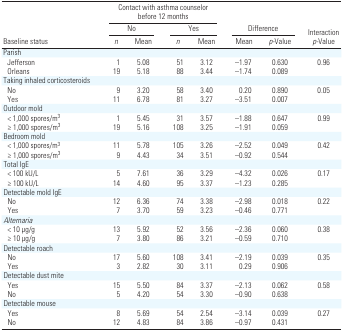
<table><thead><tr><td rowspan="3"><b>Baseline status</b></td><td colspan="7"><b>Contact with asthma counselor before 12 months</b></td></tr><tr><td colspan="3"><b>No</b></td><td colspan="3"><b>Yes</b></td><td colspan="3"><b>Difference</b></td><td rowspan="2"><b>Interaction <i>p</i>-Value</b></td></tr><tr><td><b><i>n</i></b></td><td><b>Mean</b></td><td><b><i>n</i></b></td><td><b>Mean</b></td><td><b>Mean</b></td><td><b><i>p</i>-Value</b></td></tr></thead><tbody><tr><td>Parish</td></tr><tr><td>Jefferson</td><td>1</td><td>5.08</td><td>51</td><td>3.12</td><td>–1.97</td><td>0.630</td><td>0.96</td></tr><tr><td>Orleans</td><td>19</td><td>5.18</td><td>88</td><td>3.44</td><td>–1.74</td><td>0.089</td></tr><tr><td>Taking inhaled corticosteroids</td></tr><tr><td>No</td><td>9</td><td>3.20</td><td>58</td><td>3.40</td><td>0.20</td><td>0.890</td><td>0.05</td></tr><tr><td>Yes</td><td>11</td><td>6.78</td><td>81</td><td>3.27</td><td>–3.51</td><td>0.007</td></tr><tr><td>Outdoor mold</td></tr><tr><td>&lt; 1,000 spores/m3</td><td>1</td><td>5.45</td><td>31</td><td>3.57</td><td>–1.88</td><td>0.647</td><td>0.99</td></tr><tr><td>≥ 1,000 spores/m3</td><td>19</td><td>5.16</td><td>108</td><td>3.25</td><td>–1.91</td><td>0.059</td></tr><tr><td>Bedroom mold</td></tr><tr><td>&lt; 1,000 spores/m3</td><td>11</td><td>5.78</td><td>105</td><td>3.26</td><td>–2.52</td><td>0.049</td><td>0.42</td></tr><tr><td>≥ 1,000 spores/m3</td><td>9</td><td>4.43</td><td>34</td><td>3.51</td><td>–0.92</td><td>0.544</td></tr><tr><td>Total IgE</td></tr><tr><td>&lt; 100 kU/L</td><td>5</td><td>7.61</td><td>36</td><td>3.29</td><td>–4.32</td><td>0.026</td><td>0.17</td></tr><tr><td>≥ 100 kU/L</td><td>14</td><td>4.60</td><td>95</td><td>3.37</td><td>–1.23</td><td>0.285</td></tr><tr><td>Detectable mold IgE</td></tr><tr><td>No</td><td>12</td><td>6.36</td><td>74</td><td>3.38</td><td>–2.98</td><td>0.018</td><td>0.22</td></tr><tr><td>Yes</td><td>7</td><td>3.70</td><td>59</td><td>3.23</td><td>–0.46</td><td>0.771</td></tr><tr><td>Alternaria</td></tr><tr><td>&lt; 10 μg/g</td><td>13</td><td>5.92</td><td>52</td><td>3.56</td><td>–2.36</td><td>0.060</td><td>0.38</td></tr><tr><td>≥ 10 μg/g</td><td>7</td><td>3.80</td><td>86</td><td>3.21</td><td>–0.59</td><td>0.710</td></tr><tr><td>Detectable roach</td></tr><tr><td>No</td><td>17</td><td>5.60</td><td>108</td><td>3.41</td><td>–2.19</td><td>0.039</td><td>0.35</td></tr><tr><td>Yes</td><td>3</td><td>2.82</td><td>30</td><td>3.11</td><td>0.29</td><td>0.906</td></tr><tr><td>Detectable dust mite</td></tr><tr><td>Yes</td><td>15</td><td>5.50</td><td>84</td><td>3.37</td><td>–2.13</td><td>0.062</td><td>0.58</td></tr><tr><td>No</td><td>5</td><td>4.20</td><td>54</td><td>3.30</td><td>–0.90</td><td>0.638</td></tr><tr><td>Detectable mouse</td></tr><tr><td>Yes</td><td>8</td><td>5.69</td><td>54</td><td>2.54</td><td>–3.14</td><td>0.039</td><td>0.27</td></tr><tr><td>No</td><td>12</td><td>4.83</td><td>84</td><td>3.86</td><td>–0.97</td><td>0.431</td></tr></tbody></table>